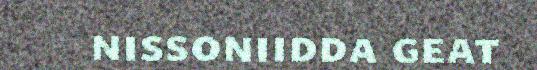
nissoniidda geat